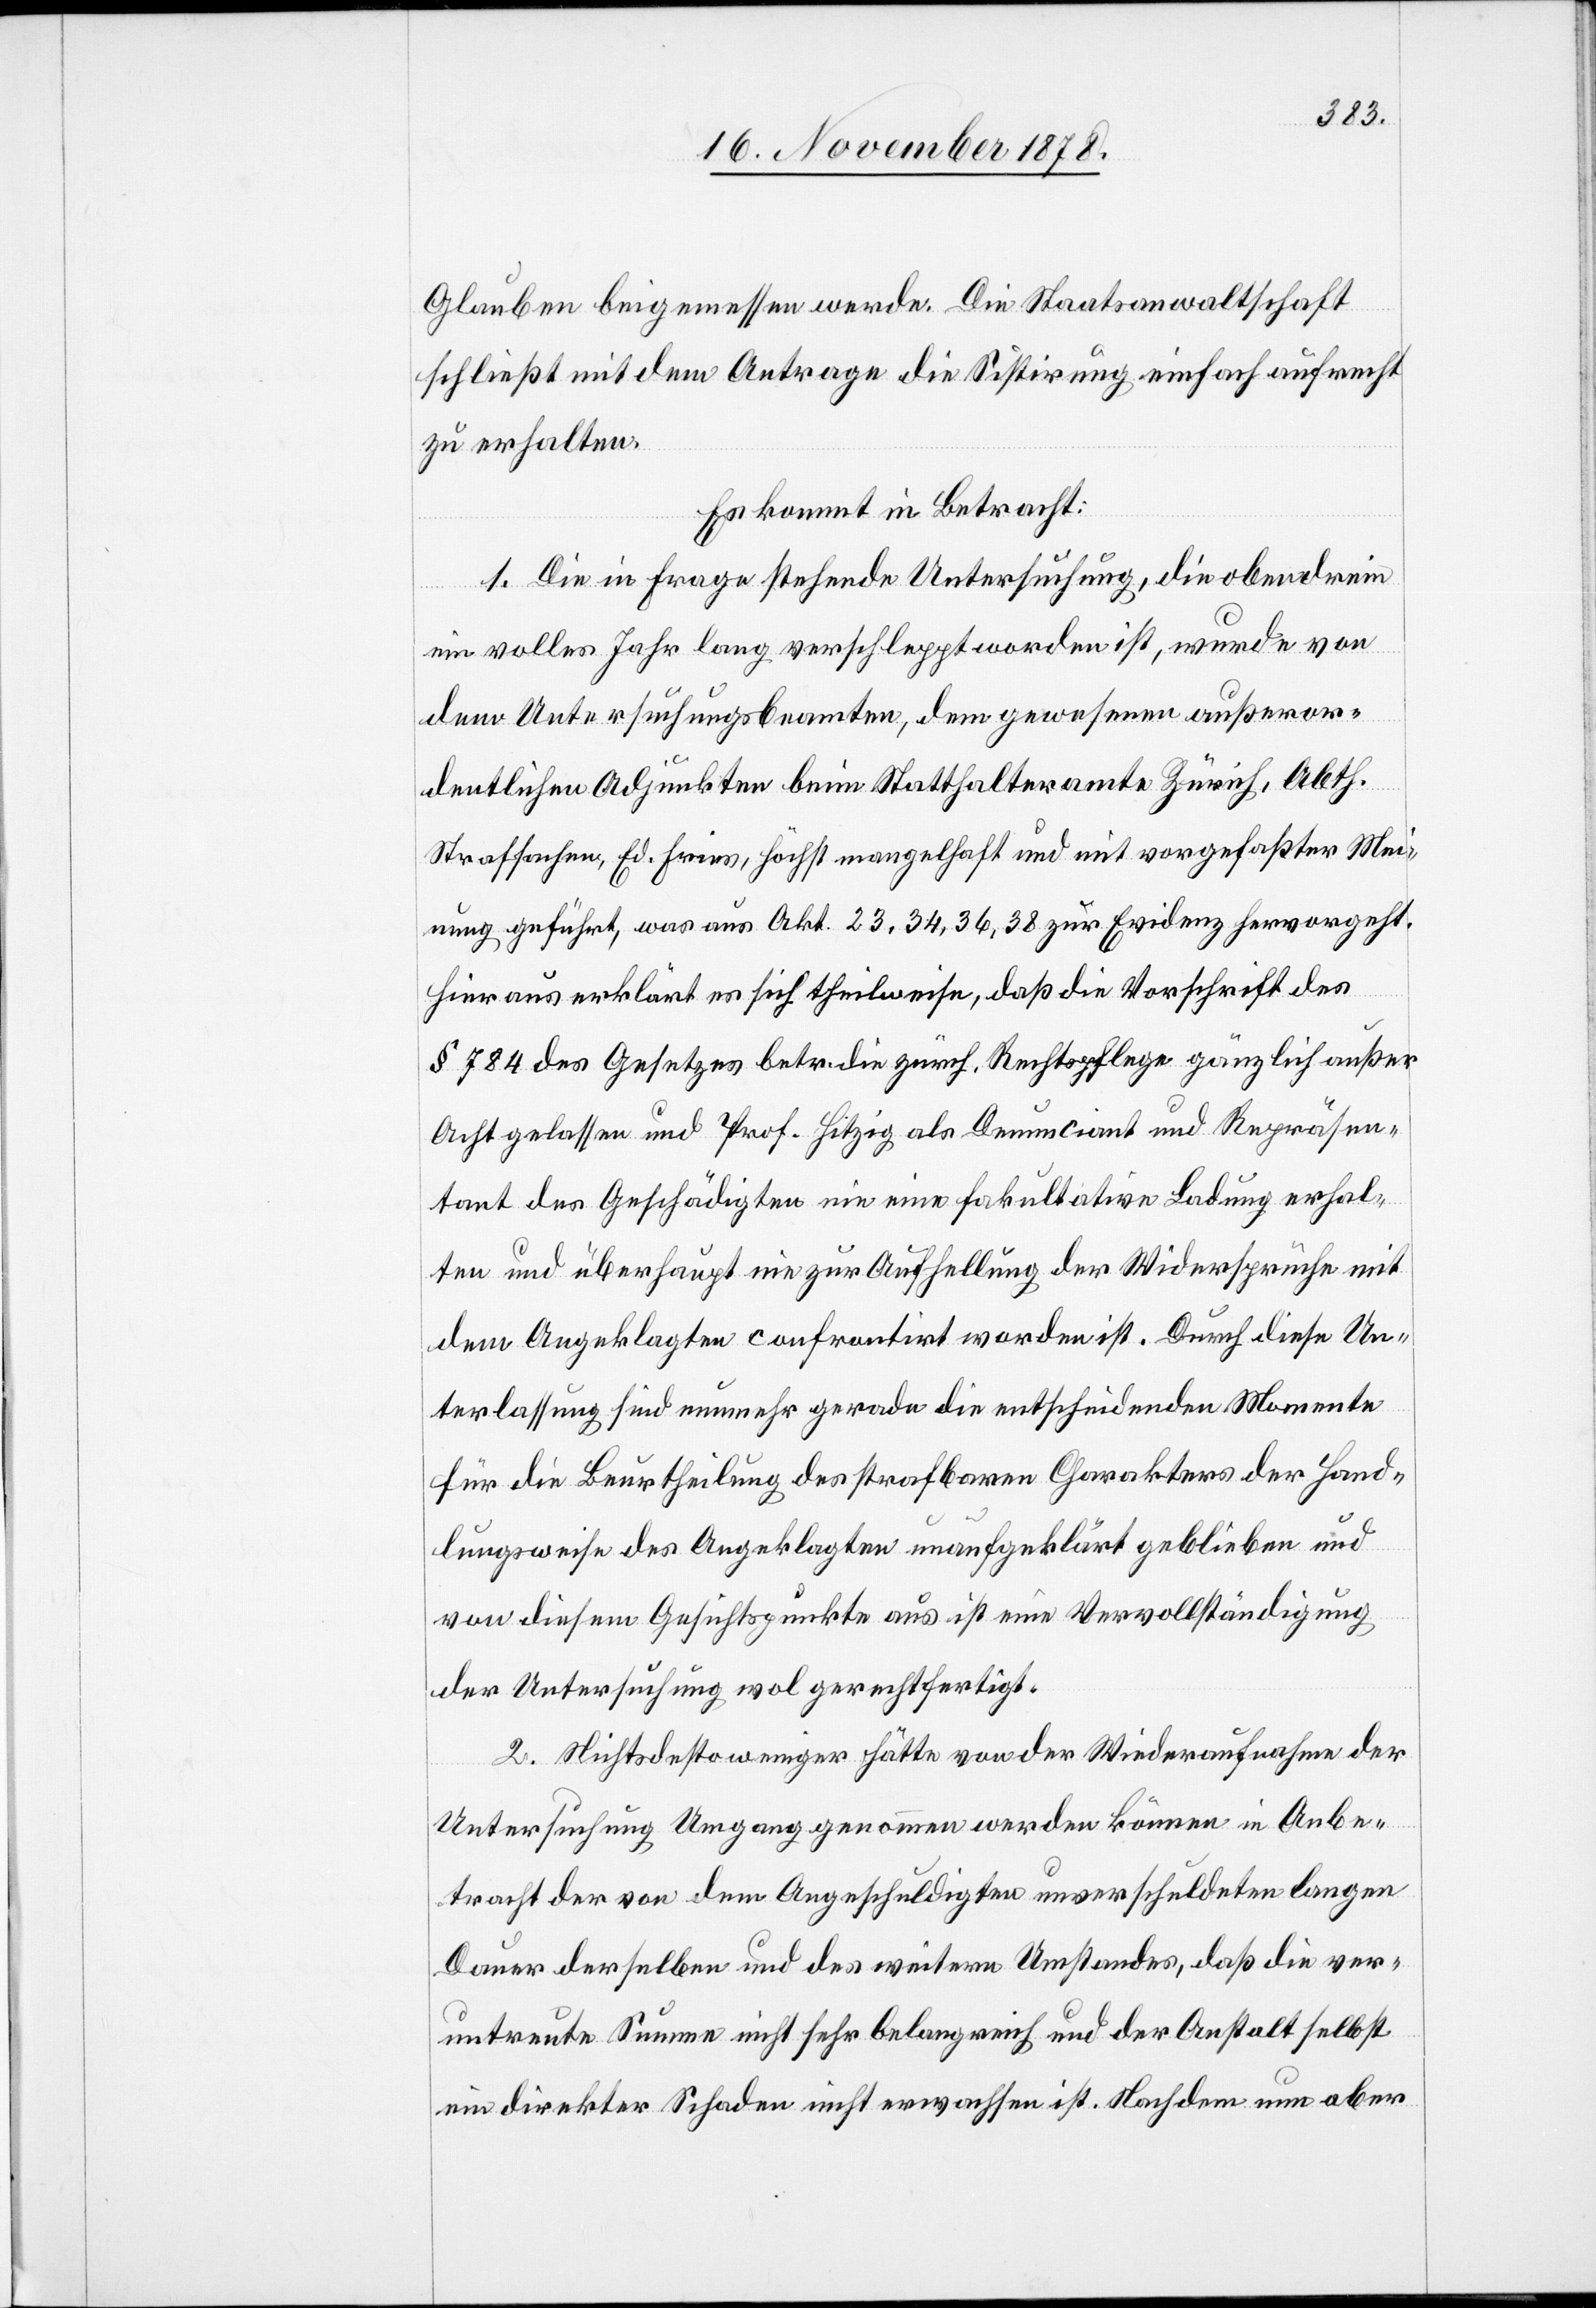
Glauben beigemesssen werde. Die Staatsanwaltschaft
schließt mit dem Antrage die Sistirung einfach aufrecht
zu erhalten.
Es kommt in Betracht:
1. Die in Frage stehende Untersuchung, die obendrein
ein volles Jahr lang verschleppt worden ist, wurde von
dem Untersuchungsbeamten, dem gewesenen außeror¬
dentlichen Adjunkten beim Statthalteramte Zürich, Abth.
Strafsachen, Ed. Fries, höchst mangelhaft und mit vorgefaßter Mei¬
nung geführt, was aus Akt. 23, 34, 36, 38 zur Evidenz hervorgeht.
Hieraus erklärt es sich theilweise, daß die Vorschrift des
§ 784 des Gesetzes betr. die zürch. Rechtspflege gänzlich außer
Acht gelassen und Prof. Hitzig als Denunciant und Repräsen¬
tant des Geschädigten nie eine fakultative Ladung erhal¬
ten und überhaupt nie zur Aufhellung der Widersprüche mit
dem Angeklagten confrontirt worden ist. Durch diese Un¬
terlassung sind nunmehr gerade die entscheidenden Momente
für die Beurtheilung des strafbaren Charakters der Hand¬
lungsweise des Angeklagten unaufgeklärt geblieben und
von diesem Gesichtspunkte aus ist eine Vervollständigung
der Untersuchung wol gerechtfertigt.
2. Nichtsdestoweniger hätte von der Wiederaufnahme der
Untersuchung Umgang genomen werden können in Anbe¬
tracht der von dem Angeschuldigten unverschuldeten langen
Dauer derselben und des weitern Umstandes, daß die ver¬
untreute Summe nicht sehr belangreich und der Anstalt selbst
ein direkter Schaden nicht erwachsen ist. Nachdem nun aber